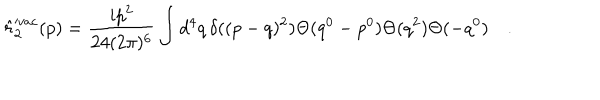
LaTeX: \hat { r } _ { 2 } ^ { v a c } ( p ) = \frac { i p ^ { 2 } } { 2 4 ( 2 \pi ) ^ { 6 } } \int d ^ { 4 } q \, \delta ( ( p - q ) ^ { 2 } ) \Theta ( q ^ { 0 } - p ^ { 0 } ) \Theta ( q ^ { 2 } ) \Theta ( - q ^ { 0 } ) \quad .